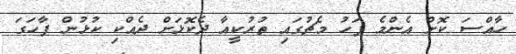
ހާއްސަ ކޮށް އެންމެ ފަހު މެޗުގައި ތުރުކީއާ ދެކޮޅަށް ދެއްކި ކުޅުން ފާހަގަ